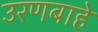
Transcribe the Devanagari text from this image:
उरणबाहे